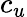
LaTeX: c_{u}